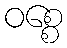
ဝစ္စေ